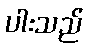
ပါးသည်